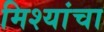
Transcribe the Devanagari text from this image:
मिश्यांचा